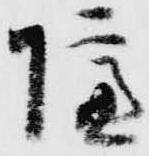
隔